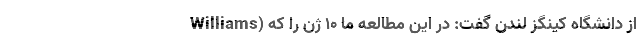
Williams) از دانشگاه کینگز لندن گفت: در این مطالعه ما ۱۰ ژن را که